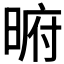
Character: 𭦥